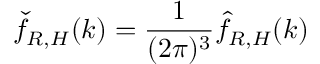
\widecheck { f } _ { R , H } ( k ) = \frac { 1 } { ( 2 \pi ) ^ { 3 } } \widehat { f } _ { R , H } ( k )